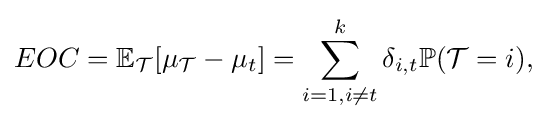
{\begin{aligned}EOC=\mathbb {E} _{\mathcal {T}}[\mu _{\mathcal {T}}-\mu _{t}]=\sum _{i=1,i\neq t}^{k}\delta _{i,t}\mathbb {P} ({\mathcal {T}}=i),\end{aligned}}